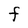
Character: f